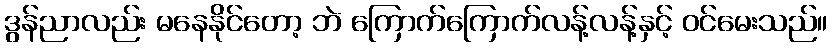
ဒွန်ညာလည်း မနေနိုင်တော့ ဘဲ ကြောက်ကြောက်လန့်လန့်နှင့် ဝင်မေးသည်။